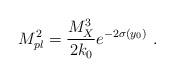
LaTeX: \begin{align*}M_{pl}^2 = {{M_X^3}\over\displaystyle {2k_0}} e^{-2\sigma(y_0)}~.~\,\end{align*}